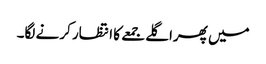
میں پھراگلے جمعے کا انتظار کرنے لگا۔